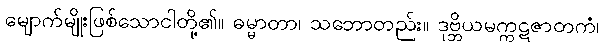
မျောက်မျိုးဖြစ်သောငါတို့၏။ ဓမ္မာတာ၊ သဘောတည်း။ ဒုဗ္ဘိယမက္ကဋဇာတကံ၊